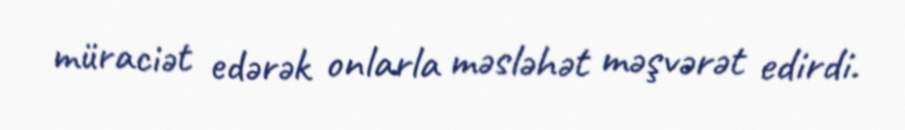
müraciət edərək onlarla məsləhət məşvərət edirdi.